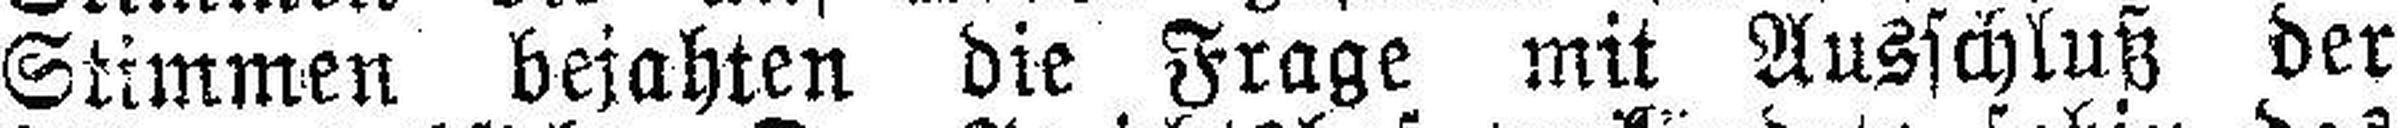
Stimmen bejahten die Frage mit Ausschluß der